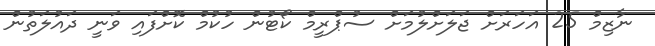
ނާޒިމް 25 އަހަރަށް ޖަލަށްލުމަށް ސުޕްރީމް ކޯޓުން ހުކުމް ކޮށްފައި ވަނީ ދައުލަތުން